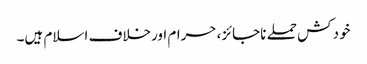
خود کش حملے ناجائز، حرام اورخلاف اسلام ہیں۔